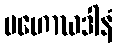
မဟောဃဒါနံ